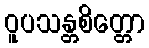
ဝူပသန္တစိတ္တော